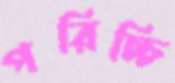
পরিচ্চি